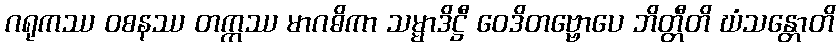
ဂရုကဿ ဝစနဿ တက္ကဿ မာဂဓိကာ သမ္မာဒိဋ္ဌီ ဝေဒိတဗ္ဗောပေ ဘိတ္တီတိ ဃံသန္တောတိ